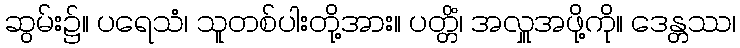
ဆွမ်း၌။ ပရေသံ၊ သူတစ်ပါးတို့အား။ ပတ္တိံ၊ အလှူအဖို့ကို။ ဒေန္တဿ၊